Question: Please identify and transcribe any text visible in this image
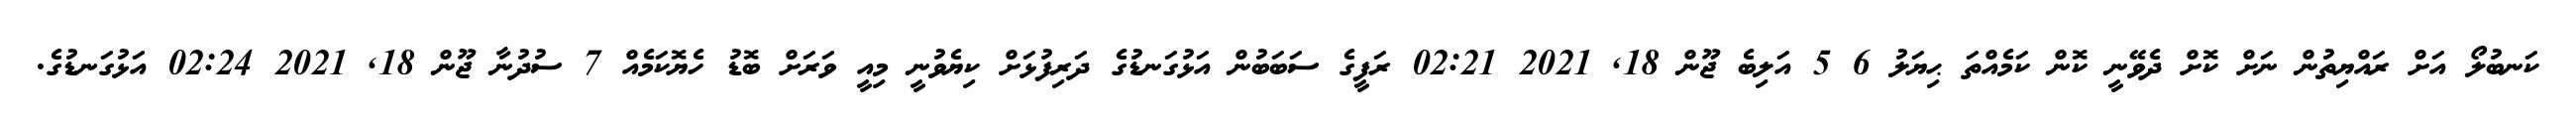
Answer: ކަނބުލޯ އަށް ރައްޔިތުން ނަށް ކޮށް ދެވޭނީ ކޮން ކަމެއްތަ ޙިޔަލު 6 5 އަލިބެ ޖޫން 18, 2021 02:21 ރަފީގެ ސަބަބުން އަޅުގަނޑުގެ ދަރިފުޅަށް ކިޔެވުނީ މިއީ ވަރަށް ބޮޑު ހެޔޮކަމެއް 7 ސުދުނާ ޖޫން 18, 2021 02:24 އަޅުގަނޑުގެ.